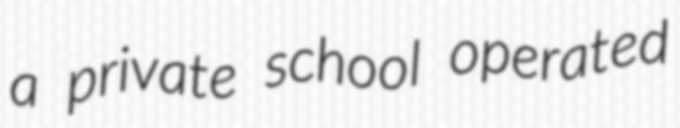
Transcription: a private school operated